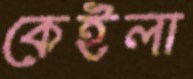
কেইলা